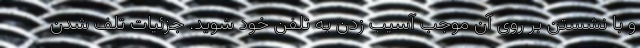
و با نشستن بر روی آن موجب آسیب زدن به تلفن خود شوید. جزئیات تلف شدن